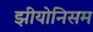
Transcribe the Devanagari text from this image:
झीयोनिसम